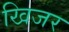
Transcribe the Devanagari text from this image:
खिजर